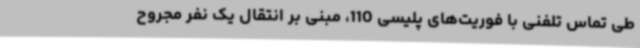
طی تماس تلفنی با فوریت‌های پلیسی 110، مبنی بر انتقال یک نفر مجروح